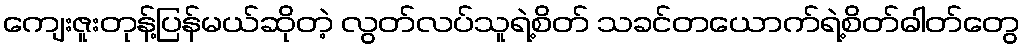
ကျေးဇူးတုန့်ပြန်မယ်ဆိုတဲ့ လွတ်လပ်သူရဲ့စိတ် သခင်တယောက်ရဲ့စိတ်ဓါတ်တွေ